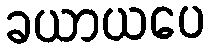
ခယာယပေ